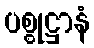
ပစ္စုဋ္ဌာနံ